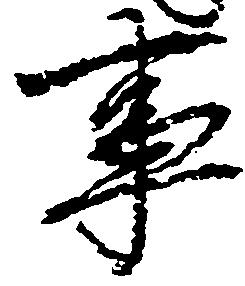
事